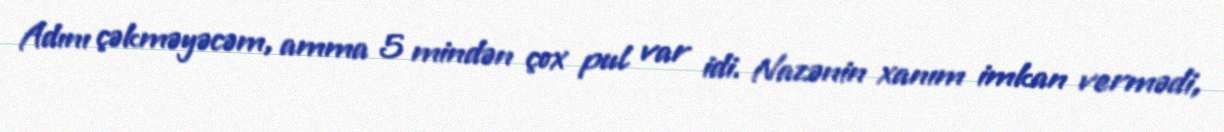
Adını çəkməyəcəm, amma 5 mindən çox pul var idi. Nazənin xanım imkan vermədi,